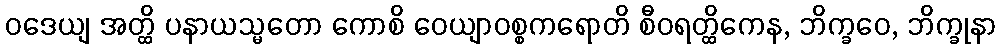
ဝဒေယျ အတ္ထိ ပနာယသ္မတော ကောစိ ဝေယျာဝစ္စကရောတိ စီဝရတ္ထိကေန, ဘိက္ခဝေ, ဘိက္ခုနာ